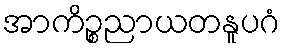
အာကိဉ္စညာယတနူပဂံ